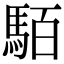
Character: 𩢷